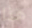
هذا